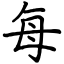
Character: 每